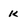
Character: K